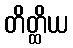
တိတ္ထိယ